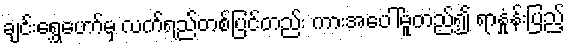
ချင်းရွှေဟော်မှ လက်ရည်တစ်ပြင်တည်း ကားအပေါ်မူတည်၍ ရာနှုံန်းပြည့်